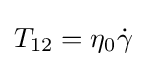
T_{12}=\eta _{0}{\dot {\gamma }}